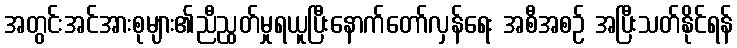
အတွင်းအင်အားစုများ၏ညီညွတ်မှုရယူပြီးနောက်တော်လှန်ရေး အစီအစဉ် အပြီးသတ်နိုင်ရန်